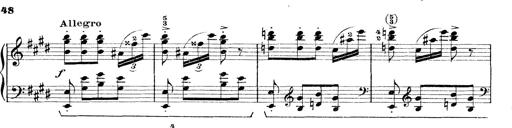
Title: Rapsodie: 19 ungheresi, 1 spagnuola
Composer: Franz Liszt